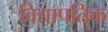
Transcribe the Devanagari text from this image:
विद्यापतिक